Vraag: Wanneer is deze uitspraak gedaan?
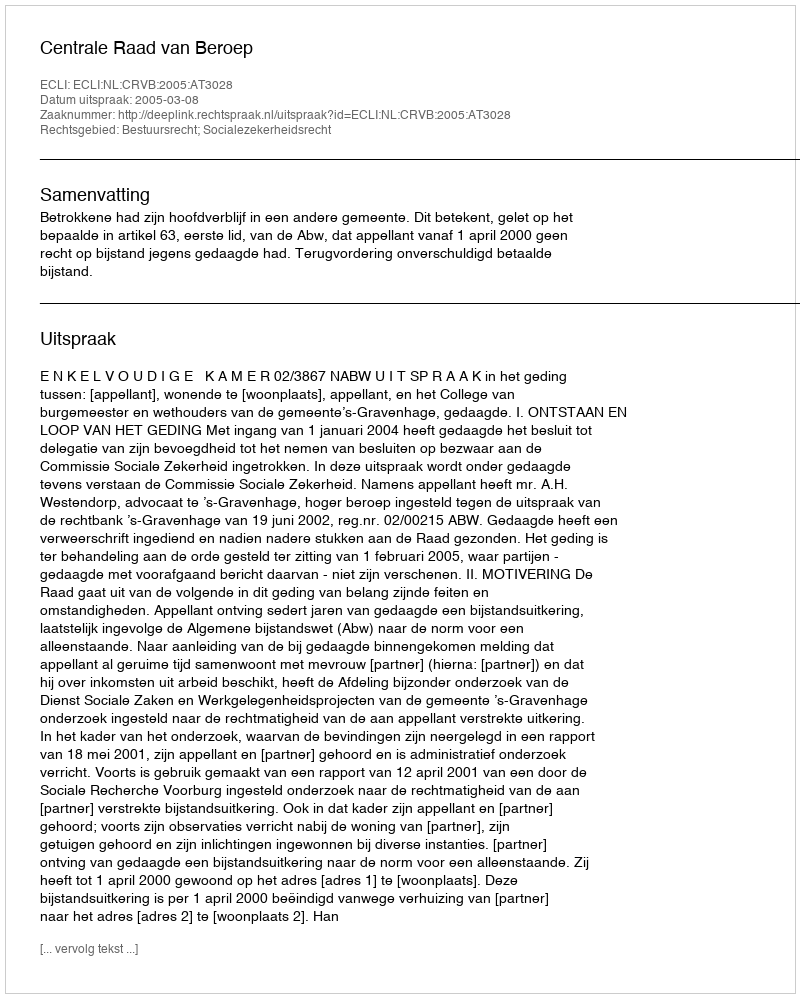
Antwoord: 2005-03-08